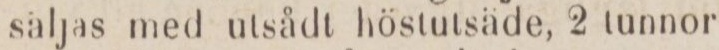
säljas med utsådt höstutsäde, 2 tunnor